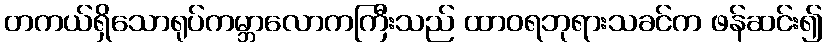
တကယ်ရှိသောရုပ်ကမ္ဘာလောကကြီးသည် ထာဝရဘုရားသခင်က ဖန်ဆင်း၍